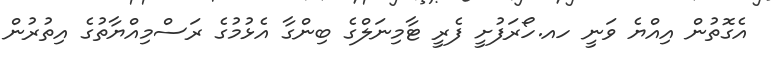
އެގޮތުން އިއްޔެ ވަނީ ހއ.ހޯރަފުށީ ފެރީ ޓާމިނަލްގެ ބިންގާ އެޅުމުގެ ރަސްމިއްޔާތުގެ އިތުރުން